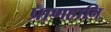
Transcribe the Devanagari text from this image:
प्राणहानि